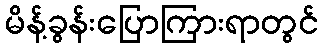
မိန့်ခွန်းပြောကြားရာတွင်